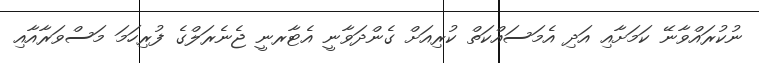
ނުކުރައްވާނޭ ކަމަށާއި އަދި އެމަސައްކަތް ކުރިއަށް ގެންދަވާނީ އެޓާރނީ ޖެނެރަލްގެ ފުރިހަމަ މަސްވަރާއާއި